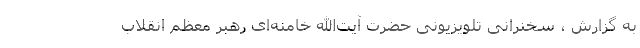
به گزارش ، سخنرانی تلویزیونی حضرت آیت‌الله خامنه‌ای رهبر معظم انقلاب